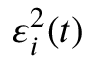
\varepsilon _ { i } ^ { 2 } ( t )